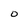
Character: O